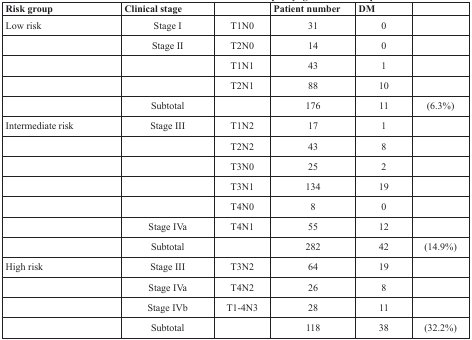
<table><thead><tr><td><b>Risk group</b></td><td><b>Clinical stage</b></td><td></td><td><b>Patient number</b></td><td><b>DM</b></td><td></td></tr></thead><tbody><tr><td>Low risk</td><td>Stage I</td><td>T1N0</td><td>31</td><td>0</td><td></td></tr><tr><td></td><td>Stage II</td><td>T2N0</td><td>14</td><td>0</td><td></td></tr><tr><td></td><td></td><td>T1N1</td><td>43</td><td>1</td><td></td></tr><tr><td></td><td></td><td>T2N1</td><td>88</td><td>10</td><td></td></tr><tr><td></td><td>Subtotal</td><td></td><td>176</td><td>11</td><td>(6.3%)</td></tr><tr><td>Intermediate risk</td><td>Stage III</td><td>T1N2</td><td>17</td><td>1</td><td></td></tr><tr><td></td><td></td><td>T2N2</td><td>43</td><td>8</td><td></td></tr><tr><td></td><td></td><td>T3N0</td><td>25</td><td>2</td><td></td></tr><tr><td></td><td></td><td>T3N1</td><td>134</td><td>19</td><td></td></tr><tr><td></td><td></td><td>T4N0</td><td>8</td><td>0</td><td></td></tr><tr><td></td><td>Stage IVa</td><td>T4N1</td><td>55</td><td>12</td><td></td></tr><tr><td></td><td>Subtotal</td><td></td><td>282</td><td>42</td><td>(14.9%)</td></tr><tr><td>High risk</td><td>Stage III</td><td>T3N2</td><td>64</td><td>19</td><td></td></tr><tr><td></td><td>Stage IVa</td><td>T4N2</td><td>26</td><td>8</td><td></td></tr><tr><td></td><td>Stage IVb</td><td>T1-4N3</td><td>28</td><td>11</td><td></td></tr><tr><td></td><td>Subtotal</td><td></td><td>118</td><td>38</td><td>(32.2%)</td></tr></tbody></table>